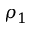
\rho _ { 1 }